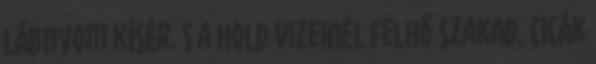
lábnyom kísér. S a hold vizeinél felhő szakad. Cicák